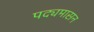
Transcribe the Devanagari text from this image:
पद्यमासन